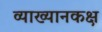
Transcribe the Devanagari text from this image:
व्याख्यानकक्ष